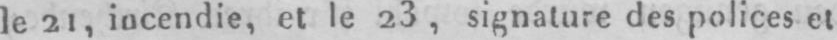
le 21, incendie, et le 23, signature des polices et